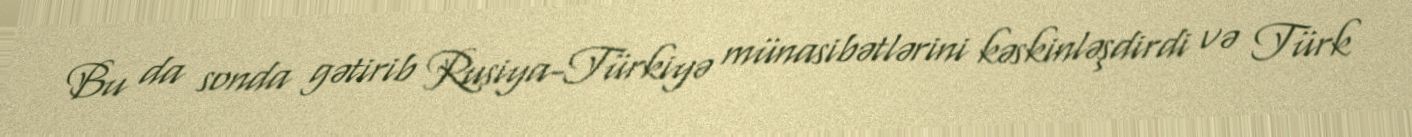
Bu da sonda gətirib Rusiya-Türkiyə münasibətlərini kəskinləşdirdi və Türk